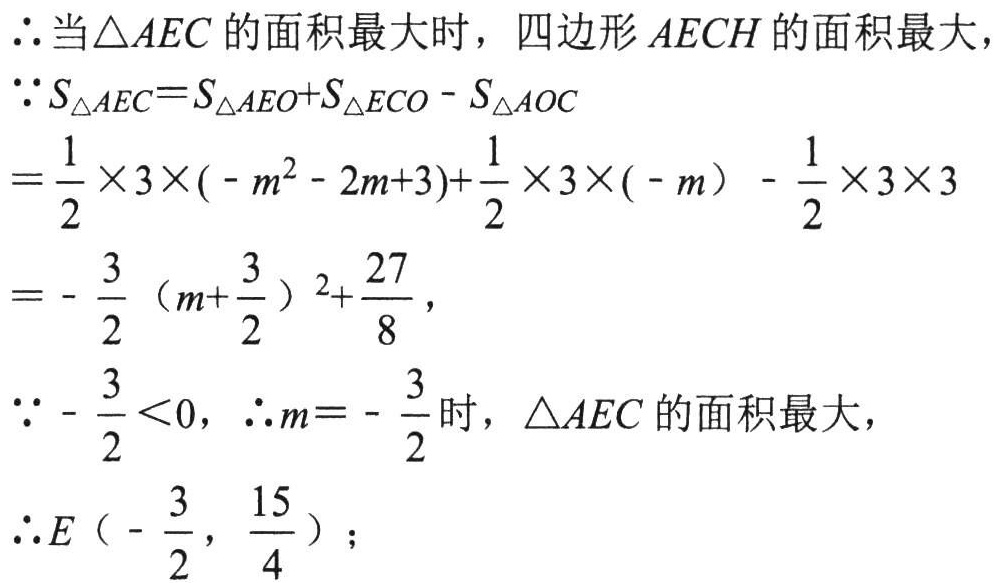
\(\therefore\)当\(\triangle AEC\)的面积最大时，四边形\(AECH\)的面积最大，
\(\because S_{\triangle AEC}=S_{\triangle AEO}+S_{\triangle ECO}-S_{\triangle AOC}\)
\(=\frac{1}{2}\times3\times(-m^{2}-2m + 3)+\frac{1}{2}\times3\times(-m)-\frac{1}{2}\times3\times3\)
\(=-\frac{3}{2}(m+\frac{3}{2})^{2}+\frac{27}{8}\)，
\(\because-\frac{3}{2}<0\)，\(\therefore m = -\frac{3}{2}\)时，\(\triangle AEC\)的面积最大，
\(\therefore E\left(-\frac{3}{2},\frac{15}{4}\right)\)；